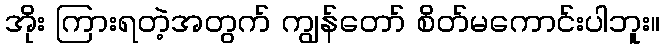
အိုး ကြားရတဲ့အတွက် ကျွန်တော် စိတ်မကောင်းပါဘူး။